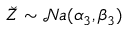
\breve { Z } \sim { \mathcal N a } ( \alpha _ { 3 } , \beta _ { 3 } )